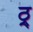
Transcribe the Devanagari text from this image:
ठ्र्